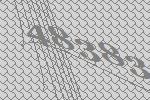
48383